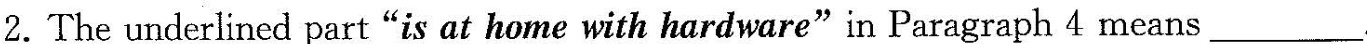
2.The underlined part "is at home with hardware" in Paragraph 4 means___.